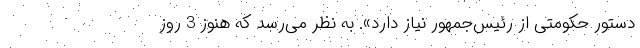
دستور حکومتی از رئیس‌جمهور نیاز دارد». به نظر می‌رسد که هنوز 3 روز